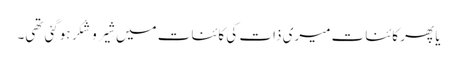
یا پھر کائنات میری ذات کی کائنات میں شِیر و شَکر ہوگئی تھی۔